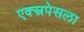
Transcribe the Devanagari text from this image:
एक्स्रपेसला